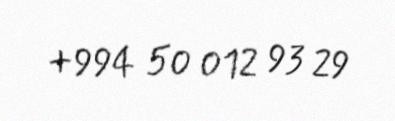
+994 50 012 93 29